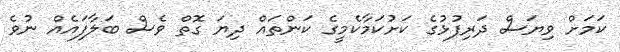
ކަމަށް ވިޔަސް ދަރިފުޅުގެ ކަށުކަމާކެމީގެ ކަންތައް ދިޔަ ގޮތް ވެސް ބަލާފައެއް ނުވެ